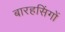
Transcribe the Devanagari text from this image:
बारहसिंगों